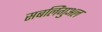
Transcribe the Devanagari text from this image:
सबलिंगुअल